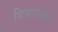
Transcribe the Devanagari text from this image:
विचाराकों